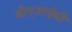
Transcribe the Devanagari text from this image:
बीएआईसी